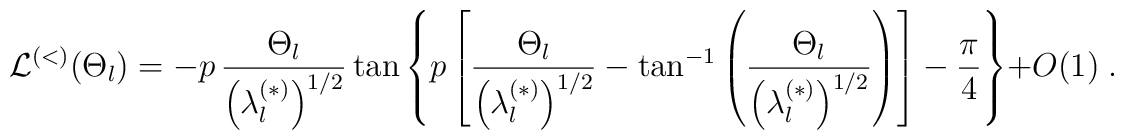
{\mathcal L}^{(<)} (\Theta_{l}) =-p\,\frac{\Theta_{l}}{  \left( \lambda_{l}^{(\ast)} \right)^{1/2} }\tan\left\{p \left[\frac{\Theta_{l}}{  \left( \lambda_{l}^{(\ast)} \right)^{1/2} }-\tan^{-1}\left( \frac{\Theta_{l}}{  \left( \lambda_{l}^{(\ast)} \right)^{1/2} } \right)\right]-\frac{\pi}{4}\right\}+ O(1)\;  .